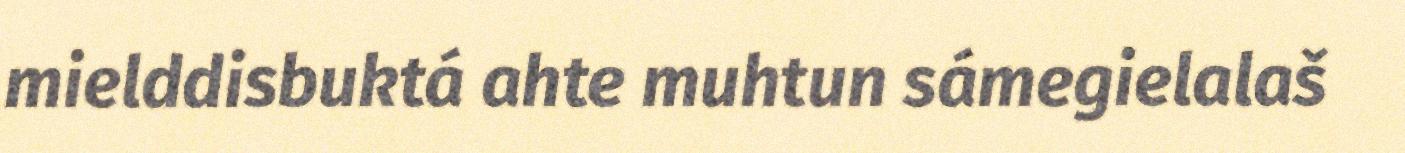
mielddisbuktá ahte muhtun sámegielalaš